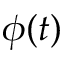
\phi ( t )